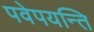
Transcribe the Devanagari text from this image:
पवेपयन्ति